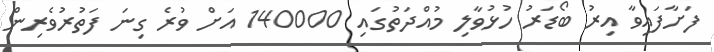
ފަށާފައިވާ އިރު ބޯޑަރު ހުޅުވާލި މުއްދަތުގައި 140000 އަށް ވުރެ ގިނަ ފަތުރުވެރިން